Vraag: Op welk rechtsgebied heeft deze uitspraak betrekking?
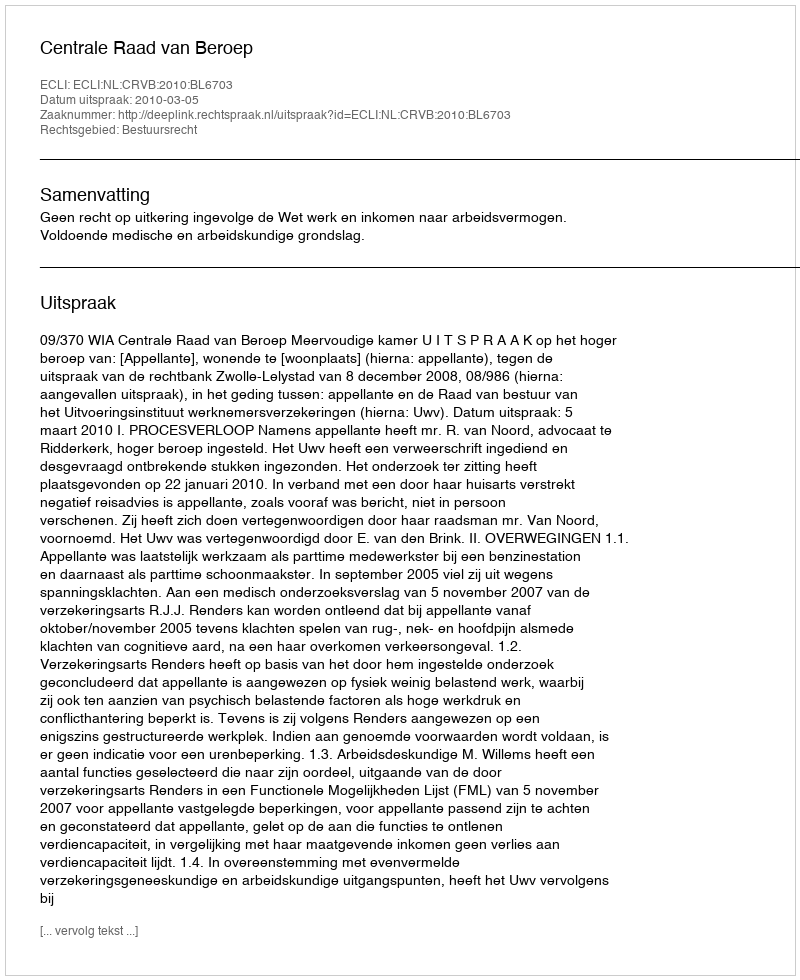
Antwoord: Bestuursrecht